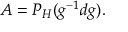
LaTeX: A = P _ { \cal H } ( g ^ { - 1 } d g ) .